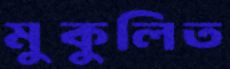
মুকুলিত